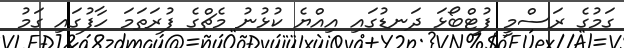
ގަމުގެ ރަސްމީ ފުޓްބޯޅަ ދަނޑުގައި އިއްޔެ ކުޅުނު މެޗްގެ ފުރަތަމަ ހާފުގައި ގަމު